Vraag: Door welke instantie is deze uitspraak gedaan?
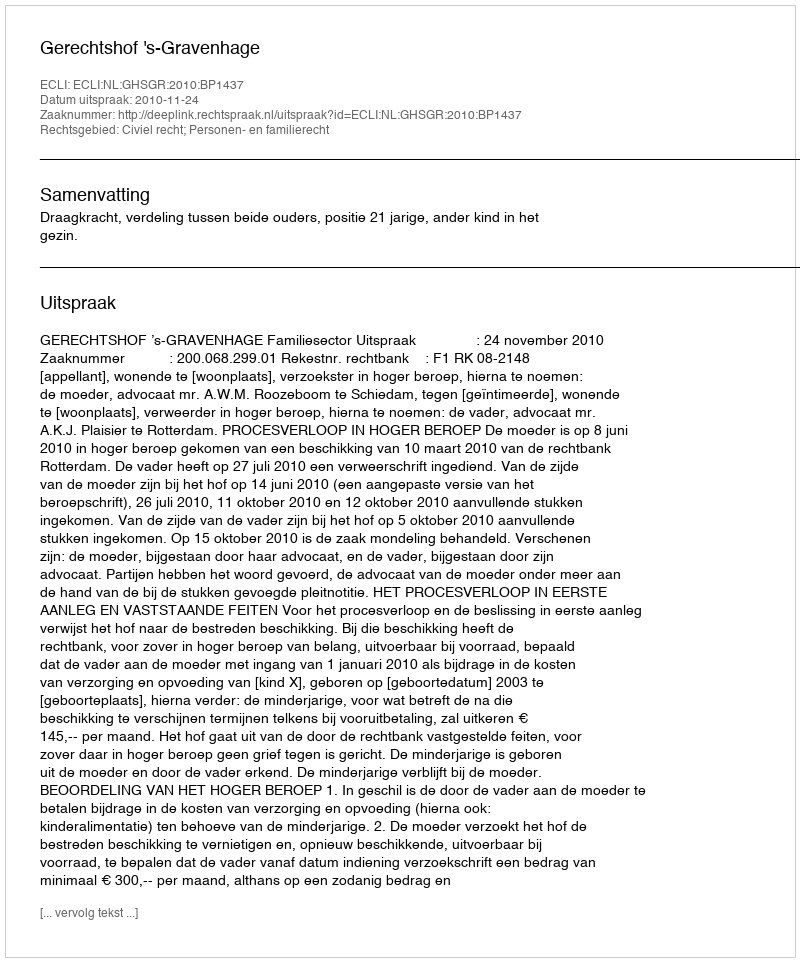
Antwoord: Gerechtshof 's-Gravenhage